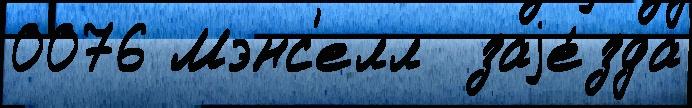
0076 Мэнс'елл  заjе́зда